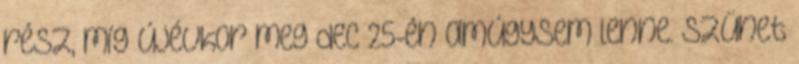
rész, míg újévkor meg dec 25-én amúgysem lenne. szünet